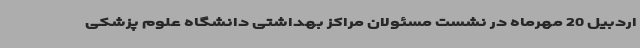
اردبیل 20 مهرماه در نشست مسئولان مراکز بهداشتی دانشگاه علوم پزشکی